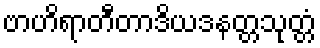
ဗာဟိရာတီတာဒိယဒနတ္တသုတ္တံ